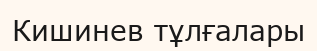
Кишинев тұлғалары